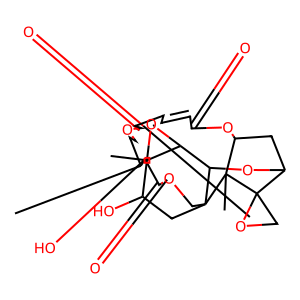
SMILES: CC1CCOC(=O)C=CC=CC(=O)OC2CC3OC4C5OC5(C)C(O)CC4(COC(=O)C1O)C2(C)C31CO1
Inhibits HIV replication: No